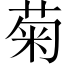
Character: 菊